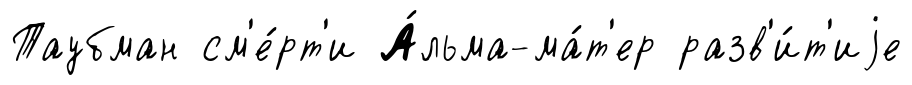
Таубман см'е́рт'и А́льма-ма́т'ер разв'и́т'иjе